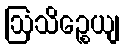
ဩသိဉ္စေယျ